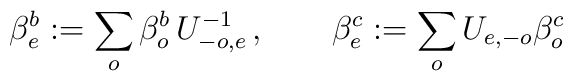
\beta _{e}^{b}:=\sum_{o}\beta _{o}^{b}\,U_{-o,e}^{-1}\,,\qquad \beta_{e}^{c}:=\sum_{o}U_{e,-o}\beta _{o}^{c}\,